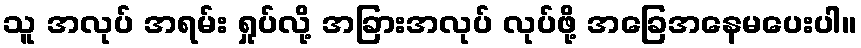
သူ အလုပ် အရမ်း ရှုပ်လို့ အခြားအလုပ် လုပ်ဖို့ အခြေအနေမပေးပါ။